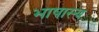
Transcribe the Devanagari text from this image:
भाषास्य